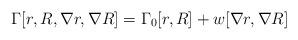
LaTeX: \begin{align*}\Gamma[r,R,\nabla r, \nabla R]=\Gamma_0[r,R]+w[\nabla r, \nabla R]\end{align*}